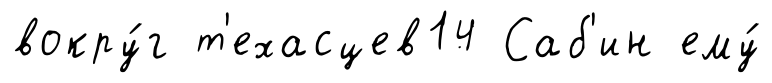
вокру́г т'ехасцев14 Саб'ин ему́